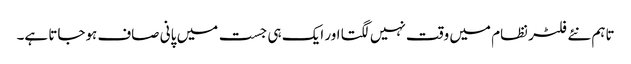
تاہم نئے فلٹر نظام میں وقت نہیں لگتا اور ایک ہی جست میں پانی صاف ہوجاتا ہے۔